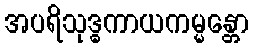
အပရိသုဒ္ဓကာယကမ္မန္တော